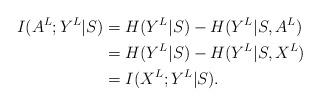
LaTeX: \begin{align*} I( { A}^{ L}; Y^{L} | { S} )& = H( Y^L | S) - H( Y^L| S, A^L)\\& = H( Y^L | S) - H( Y^L| S, X^L)\\& = I( { X}^{ L}; Y^{L} | { S} ).\end{align*}